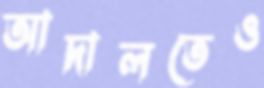
আদালতেও